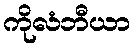
ကိုလံဘီယာ